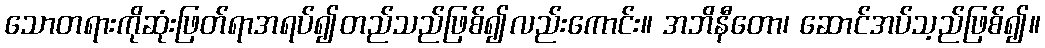
သောတရားကိုဆုံးဖြတ်ရာအရပ်၍တည်သည်ဖြစ်၍လည်းကောင်း။ အဘိနီတော၊ ဆောင်အပ်သ့ည်ဖြစ်၍။